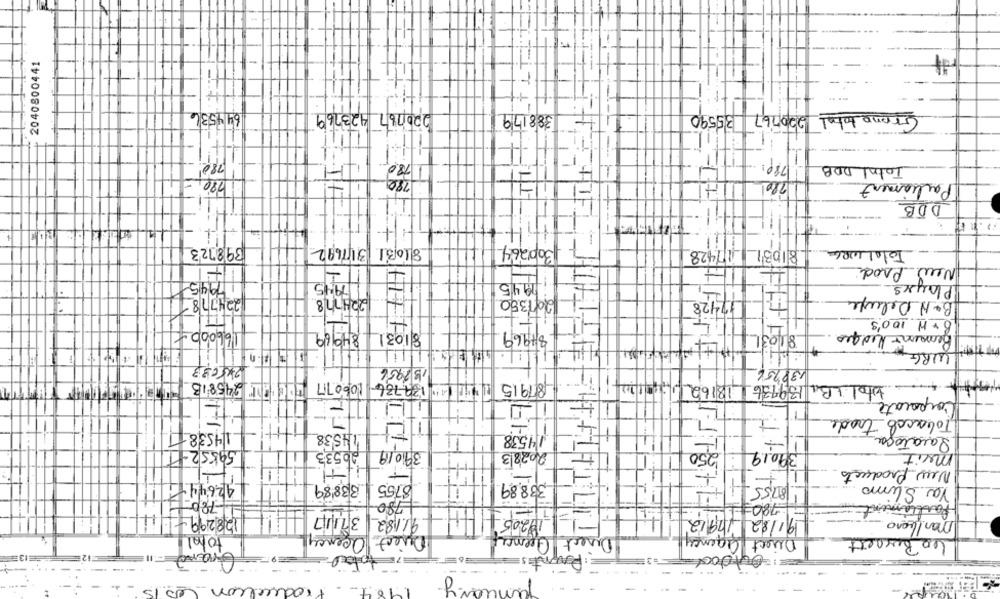
2040800441
644536
220767 423769
Granototal 220767
388179
35590
780
780
780:
Total DDB
780 ,-
780
280
Parliament
DDB
E=F
3001264
398723
317692
81031
17428
81031
Total WRG
New Prod
7945
179:45
19.45
Playrs
201380
17428
B& H Deluxe
224778
4
15
4.
B+ W 100's
1660000
81031 84969
87969
Bemaisis Medque
:1
WRG.
245633
13 7956
138756
87915 191 1: 139736 1060717
biol LB, 139736 18162 , 112
Corporate
it's +
TH
T
Tobacco trade
TE
1/4538
4
14538
14538
-1
11+
Saratoga
39019
2,50
59552-1
20533
2028/3
39019
meit
1-1
New Products
426444
33889
$755
338,89
Ya Slimo
780
1780
-1 780= ==
Parttime
1282997-11
371117
91182
19205
19182 11912
marlboro
total
Direct agency
Direct Gency
Direct agency
40 Bespett
January
Production is
1964
-
-